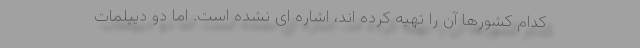
کدام کشورها آن را تهیه کرده اند، اشاره ای نشده است. اما دو دیپلمات